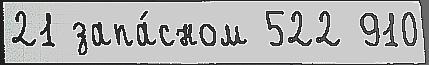
21 запа́сном 522 910